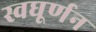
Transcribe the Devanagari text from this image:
स्वघूर्णन